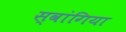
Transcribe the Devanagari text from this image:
स्वांगिया